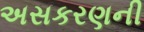
અસકરણની